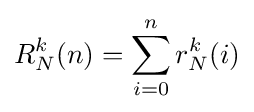
R_{N}^{k}(n)=\sum _{i=0}^{n}r_{N}^{k}(i)